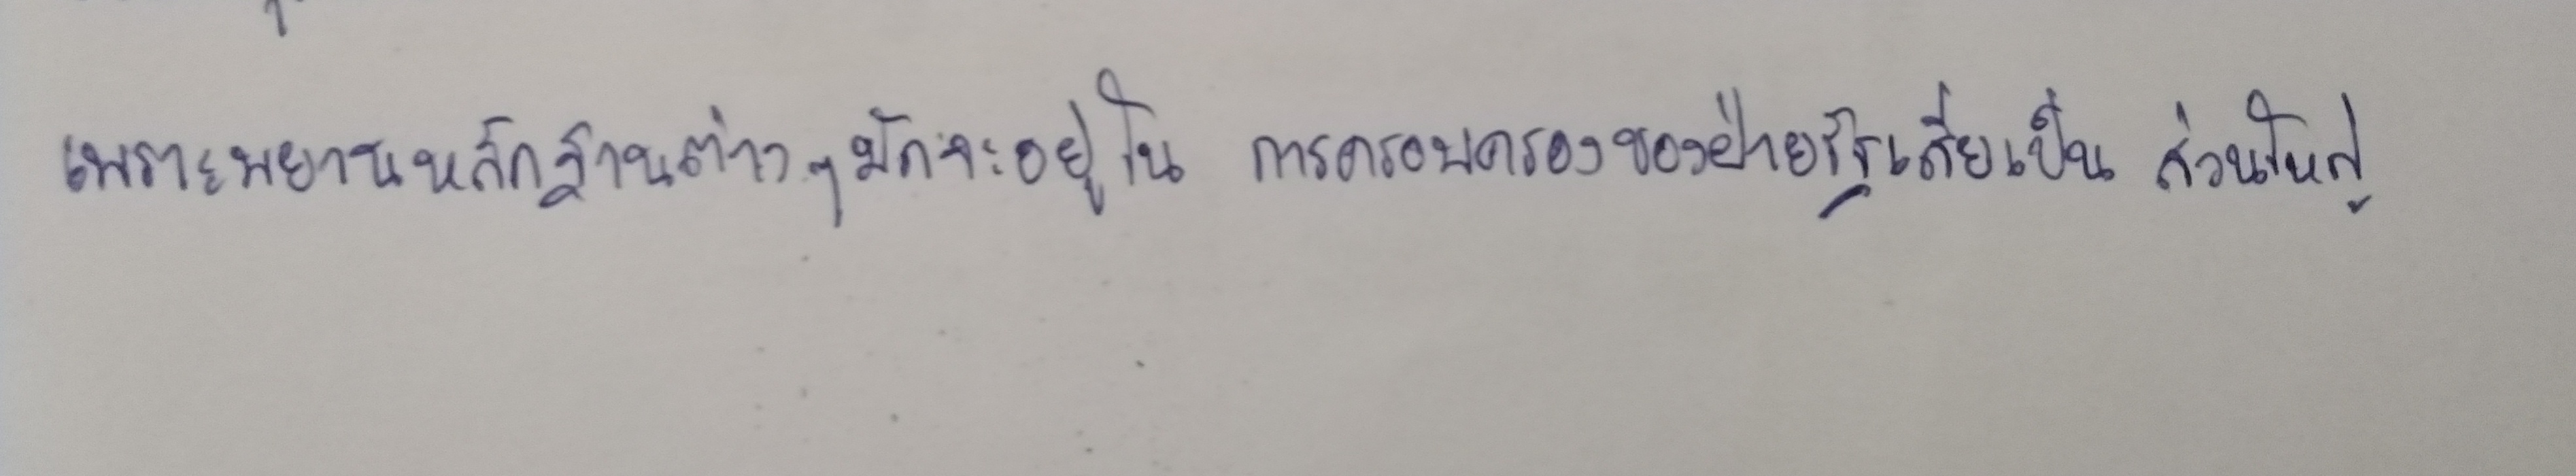
เพราะพยานหลักฐานต่างๆมักจะอยู่ในการครอบครองของฝ่ายรัฐเสียเป็นส่วนใหญ่